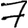
Digit: 7